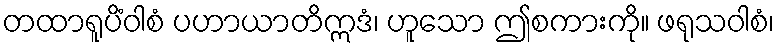
တထာရူပိံဝါစံ ပဟာယာတိဣဒံ၊ ဟူသော ဤစကားကို။ ဖရုသဝါစံ၊